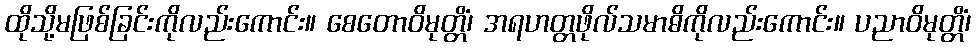
ထိုသို့မဖြစ်ခြင်းကိုလည်းကောင်း။ စေတောဝိမုတ္တိံ၊ အရဟတ္တဖိုလ်သမာဓိကိုလည်းကောင်း။ ပညာဝိမုတ္တိံ၊